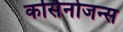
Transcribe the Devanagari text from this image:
कर्सिनोजन्स